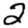
Digit: 2